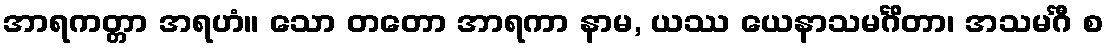
အာရကတ္တာ အရဟံ။ သော တတော အာရကာ နာမ, ယဿ ယေနာသမင်္ဂိတာ၊ အသမင်္ဂီ စ